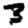
Digit: 3